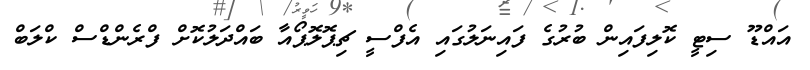
އައްޑޫ ސިޓީ ކޮލިފައިން ބުރުގެ ފައިނަލުގައި އެފްސީ ޗިޕޮލޮޕޯއާ ބައްދަލުކޮށް ފްރެންޑްސް ކްލަބް